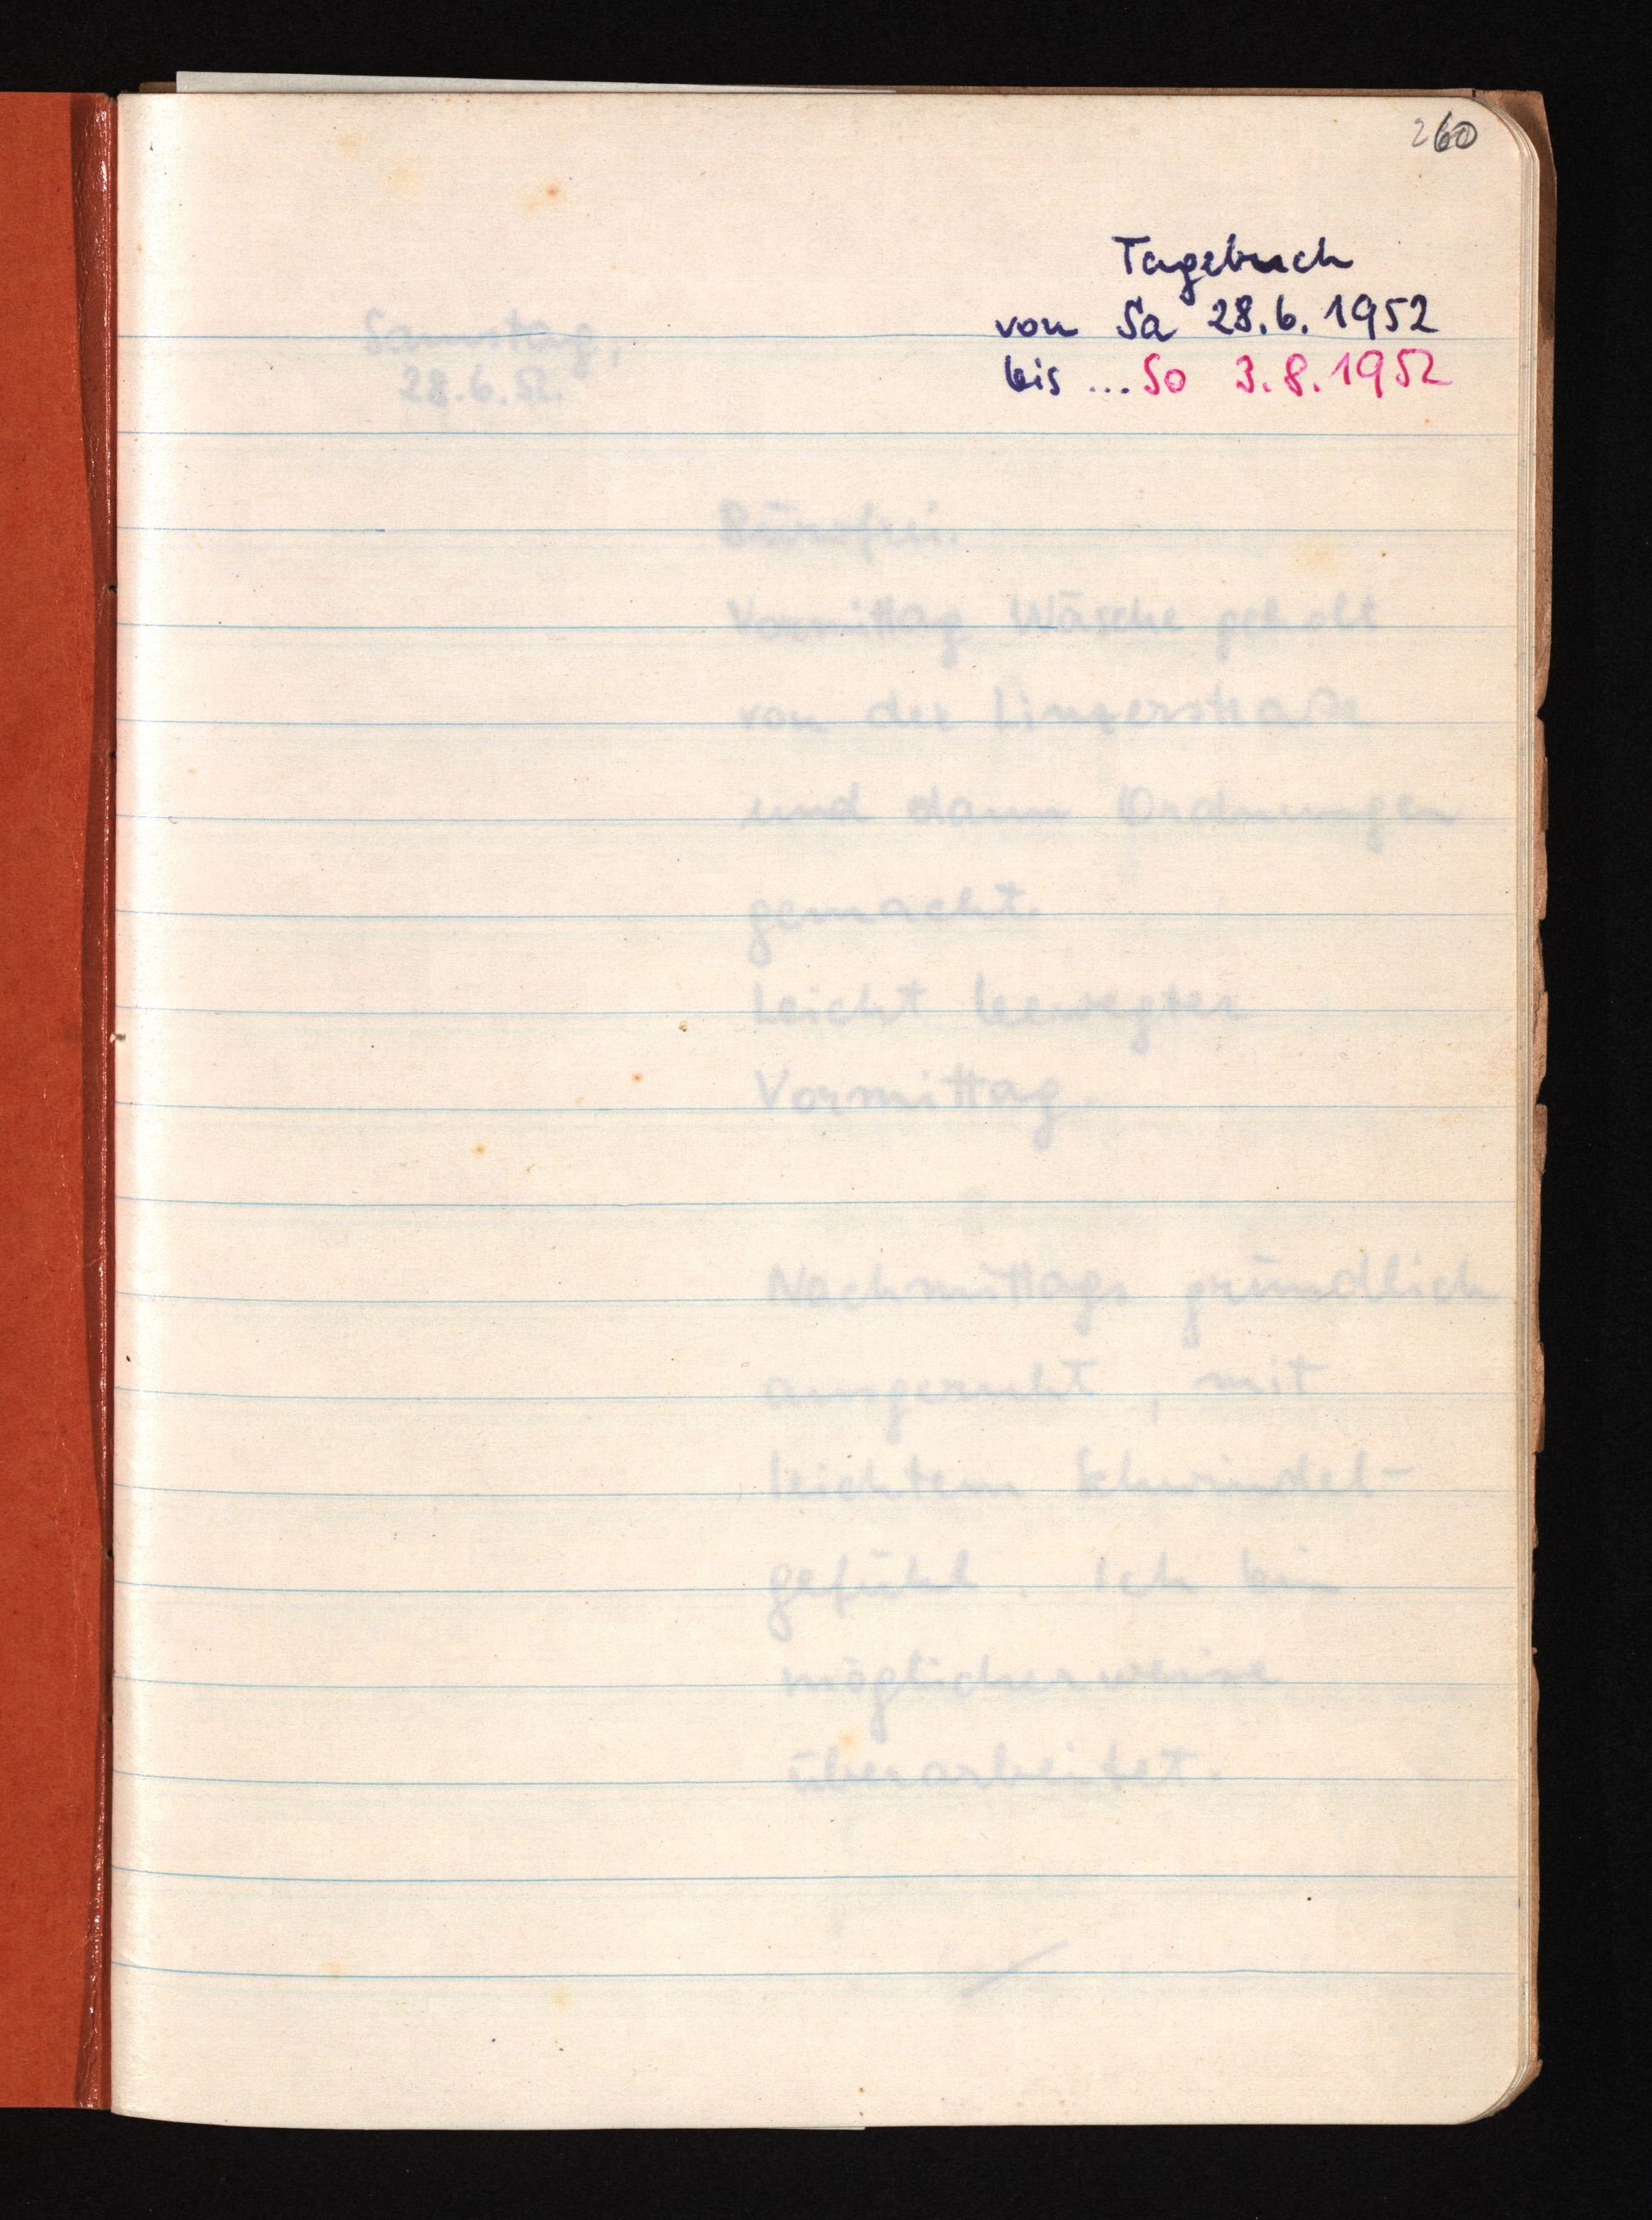
260
Tagebuch
von Sa 28.6.1952
bis ... So 3.8.1952